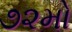
૭૨મો